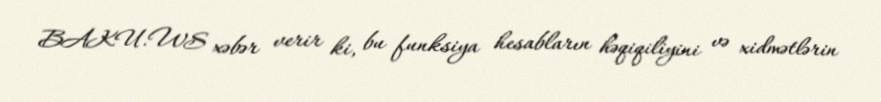
BAKU.WS xəbər verir ki, bu funksiya hesabların həqiqiliyini və xidmətlərin